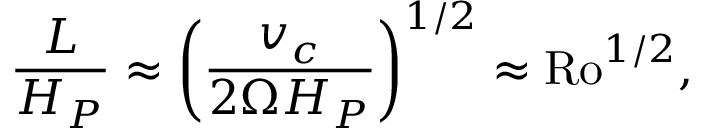
{ \frac { L } { H _ { P } } } \approx \left( { \frac { v _ { c } } { 2 \Omega H _ { P } } } \right) ^ { 1 / 2 } \approx \mathrm { R o } ^ { 1 / 2 } ,